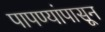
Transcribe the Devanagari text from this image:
पापण्यांपासून